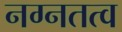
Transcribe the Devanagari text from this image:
नग्नतत्व